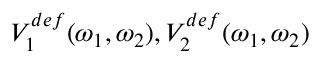
V _ { 1 } ^ { d e f } ( \omega _ { 1 } , \omega _ { 2 } ) , V _ { 2 } ^ { d e f } ( \omega _ { 1 } , \omega _ { 2 } )